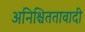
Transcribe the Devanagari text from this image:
अनिश्चिततावादी